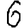
Digit: 6